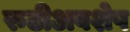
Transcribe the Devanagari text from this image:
रुढीअवशेष